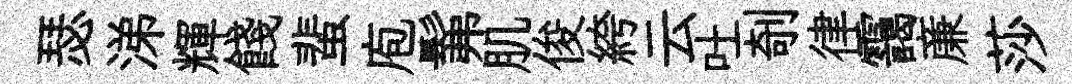
瑟涕輝餞蜚庖髴肌俊絝云吐剞律靄亷莎